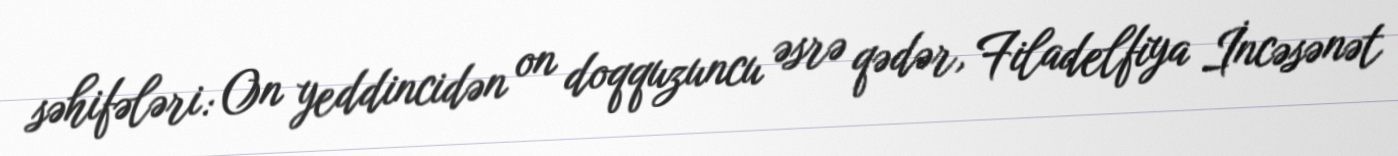
səhifələri: On yeddincidən on doqquzuncu əsrə qədər, Filadelfiya İncəsənət